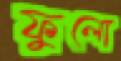
ফুলো